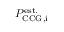
P _ { \mathrm { C C G , i } } ^ { \mathrm { e s t . } }